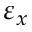
\varepsilon _ { x }